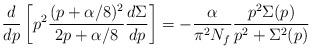
LaTeX: \begin{align*}{d\over dp}\left[p^2\frac{(p+\alpha/8)^2}{2p+\alpha/8}\frac{d\Sigma}{dp}\right]=-\frac{\alpha}{\pi^2N_f}\frac{p^2\Sigma(p)}{p^2+\Sigma^2(p)}\end{align*}